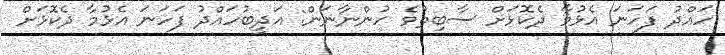
ހައްދު ފަހަނަ އެޅުމާ ދެކޮޅަށް ސާބިތުވެ ހުންނާނަން: އަދީބުހައްދު ފަހަނަ އެޅުމާ ދެކޮޅަށް